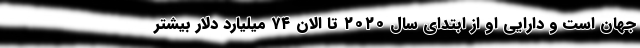
جهان است و دارایی او از ابتدای سال ۲۰۲۰ تا الان ۷۴ میلیارد دلار بیشتر